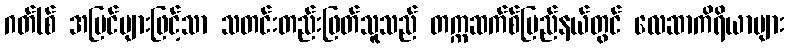
ဂတ်(စ် အမြင်များဖြင့်သာ သတင်းတည်းဖြတ်သူသည် တက္ကဆက်စ်ပြည်နယ်တွင် လေဆာကိရိယာများ